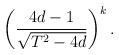
LaTeX: \begin{align*}\left(\frac {4d-1}{\sqrt {T^2-4d}}\right)^k.\end{align*}